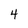
Character: 4